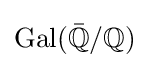
\operatorname {Gal} ({\bar {\mathbb {Q} }}/\mathbb {Q} )